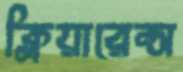
ক্লিয়ারেন্স